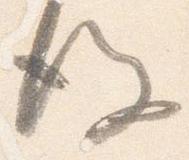
後